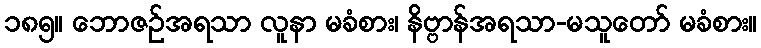
၁၈၅။ ဘောဇဉ်အရသာ လူနာ မခံစား၊ နိဗ္ဗာန်အရသာ-မသူတော် မခံစား။